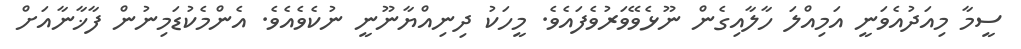
ސީމާ މިއަދުއެވަނީ އަމިއްލަ ހާލާއިގެން ނޫޅެވޭވަރުވެފައެވެ. މީހަކު ދިނިއްޔާނޫނީ ނުކެވެއެވެ. އެންމެކުޑަމިނުން ފާޚާނާއަށް